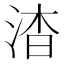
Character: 𬇷